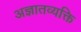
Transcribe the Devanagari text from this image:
अज्ञातव्यक्ति